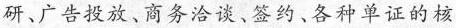
研、广告投放、商务洽谈、签约、各种单证的核